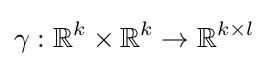
\gamma :\mathbb {R} ^{k}\times \mathbb {R} ^{k}\to \mathbb {R} ^{k\times l}